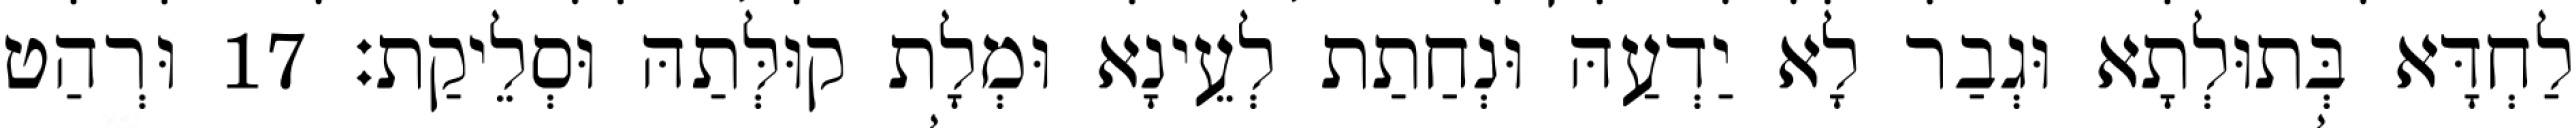
לַחְדָּא בְּתוּלְתָא וּגְבַר לָא יַדְעַהּ וּנְחַתַת לְעֵינָא וּמְלָת קוּלְּתַהּ וּסְלֵיקַת׃ 17 וּרְהַט